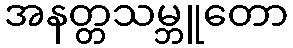
အနတ္တသမ္ဘူတော